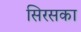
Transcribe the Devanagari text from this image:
सिरसका